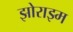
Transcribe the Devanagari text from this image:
झोराझ्म